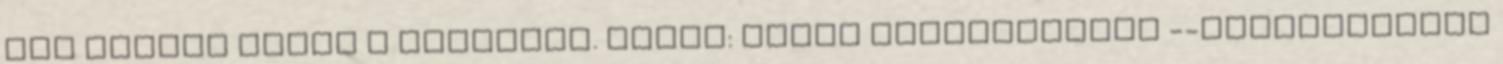
egy témára ebben a fórumban. Ugrás: Fórum kiválasztása --FELHASZNÁLÓI